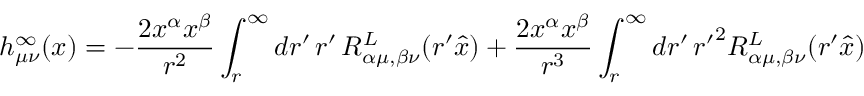
h _ { \mu \nu } ^ { \infty } ( x ) = - \frac { 2 x ^ { \alpha } x ^ { \beta } } { r ^ { 2 } } \int _ { r } ^ { \infty } d r ^ { \prime } \, r ^ { \prime } \, R _ { \alpha \mu , \beta \nu } ^ { L } ( r ^ { \prime } \hat { x } ) + \frac { 2 x ^ { \alpha } x ^ { \beta } } { r ^ { 3 } } \int _ { r } ^ { \infty } d r ^ { \prime } \, { r ^ { \prime } } ^ { 2 } R _ { \alpha \mu , \beta \nu } ^ { L } ( r ^ { \prime } \hat { x } )